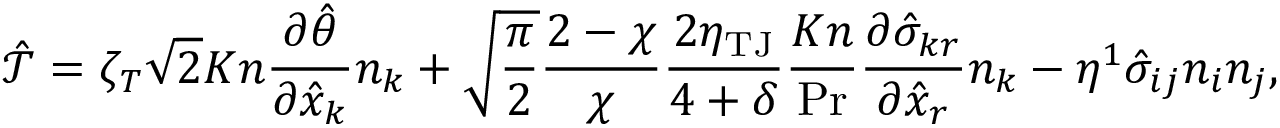
\mathcal { \hat { T } } = \zeta _ { T } \sqrt { 2 } K n \frac { \partial \hat { \theta } } { \partial \hat { x } _ { k } } n _ { k } + \sqrt { \frac { \pi } { 2 } } \frac { 2 - \chi } { \chi } \frac { 2 \eta _ { \mathrm { T J } } } { 4 + \delta } \frac { K n } { \operatorname* { P r } } \frac { \partial \hat { \sigma } _ { k r } } { \partial \hat { x } _ { r } } n _ { k } - \eta ^ { 1 } \hat { \sigma } _ { i j } n _ { i } n _ { j } \mathrm { , }